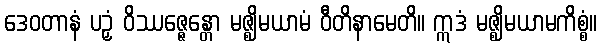
ဒေဝတာနံ ပဉှံ ဝိဿဇ္ဇေန္တော မဇ္ဈိမယာမံ ဝီတိနာမေတိ။ ဣဒံ မဇ္ဈိမယာမကိစ္စံ။